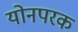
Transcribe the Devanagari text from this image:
योनपरक